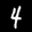
Label: 4